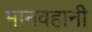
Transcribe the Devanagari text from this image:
मानवहानी